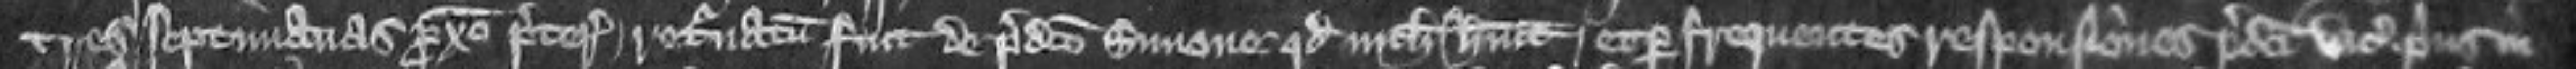
tres septimanas proximo preterito retornatum fuit de predicto Simone quod nichil habuit et per frequentes responsiones predicti vicecomitis prius in